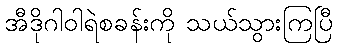
အီဒိုဂါဝါရဲစခန်းကို သယ်သွားကြပြီ